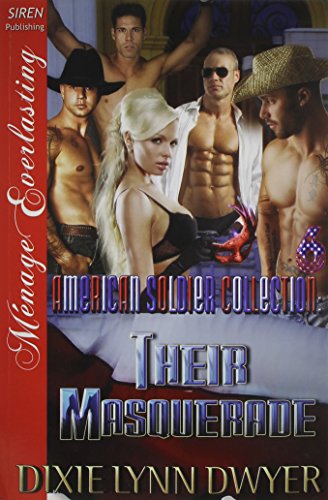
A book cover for The American Soldier Collection 6: Their Masquerade (Siren Publishing Menage Everlasting); Dixie Lynn Dwyer; Romance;